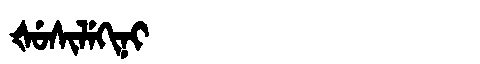
Manchu: ᡧᡠᠰᡳᠯᡝᡴᡳᠨᡳ
Romanization: ŠUSILEKINI